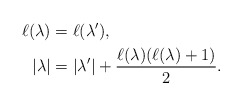
\begin{align*}\ell(\lambda) & = \ell(\lambda'), \\|\lambda| & = |\lambda'| + \frac{\ell(\lambda) (\ell(\lambda) + 1)}{2}.\end{align*}